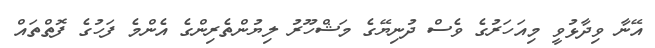
އޭނާ ވިދާޅުވީ މިއަހަރުގެ ވެސް ދުނިޔޭގެ މަޝްހޫރު ލިޔުންތެރިންގެ އެންމެ ފަހުގެ ފޮތްތައް